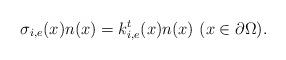
LaTeX: \begin{align*}\sigma_{i,e}(x)n(x)=k_{i,e}^t(x)n(x)~(x\in\partial\Omega). \end{align*}